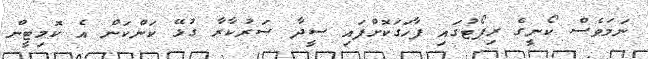
ނަމަވެސް ކޯނީގެ ރިޕޯޓުގައި ފާހަގަކޮށްފައި ސީދާ ސަރުކާރާ ގުޅޭ ކަންކަން އެ ކޮމިޓީން